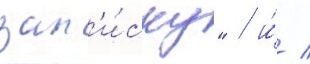
зап'и́ску" / и́ /